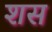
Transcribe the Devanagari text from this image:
शस